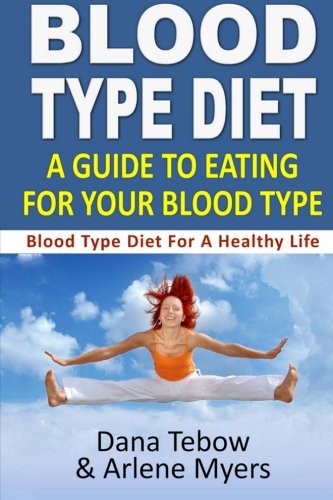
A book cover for Blood Type Diet : A Guide To Eating For Your Blood Type: Blood Type Diet For A Healthy Life; Dana Tebow; Health, Fitness & Dieting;